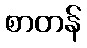
စာတန်